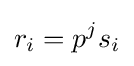
r_{i}=p^{j}s_{i}